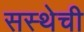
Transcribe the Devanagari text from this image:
सस्थेची